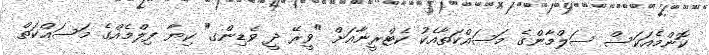
ކޮންމެއަކަސް ސަލްމާންގެ މަސައްކަތާއެކު ކެޓްރީނާއަށް "ވީރޭ ދީ ވެޑިންގ" ކިޔާ ފިލްމެއްގެ މަސައްކަތް